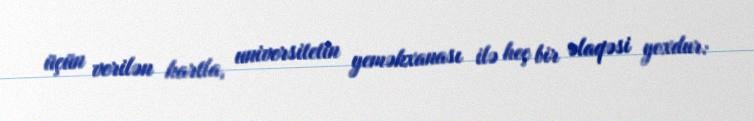
üçün verilən kartla, universitetin yeməkxanası ilə heç bir əlaqəsi yoxdur: